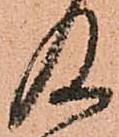
及